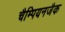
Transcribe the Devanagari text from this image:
चैम्पियनजैक